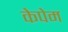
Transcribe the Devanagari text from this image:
केपेम